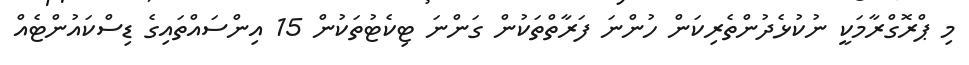
މި ޕްރޮގްރާމަކީ ނުކުޅެދުންތެރިކަން ހުންނަ ފަރާތްތަކުން ގަންނަ ޓިކެޓުތަކުން 15 އިންސައްތައިގެ ޑިސްކައުންޓެއް